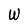
Character: W